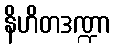
နိဟိတဒဏ္ဍာ